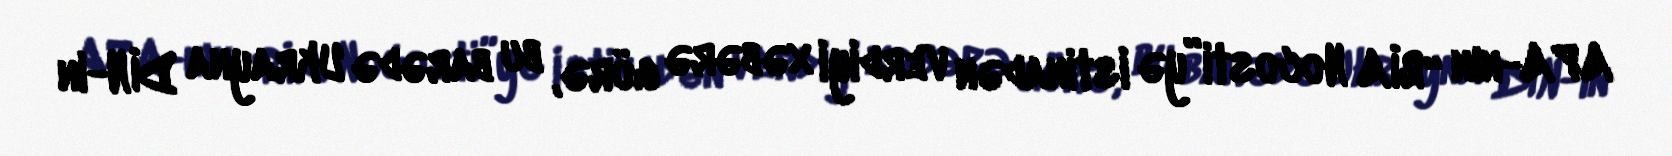
APA-nın “RİA Nocosti”yə istinadən verdiyi xəbərə görə, bu barədə Ukrayna DİN-in